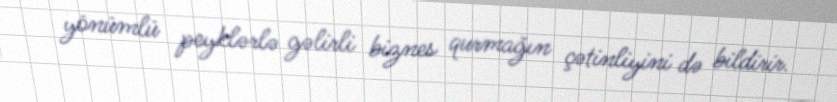
yönümlü peyklərlə gəlirli biznes qurmağın çətinliyini də bildirir.